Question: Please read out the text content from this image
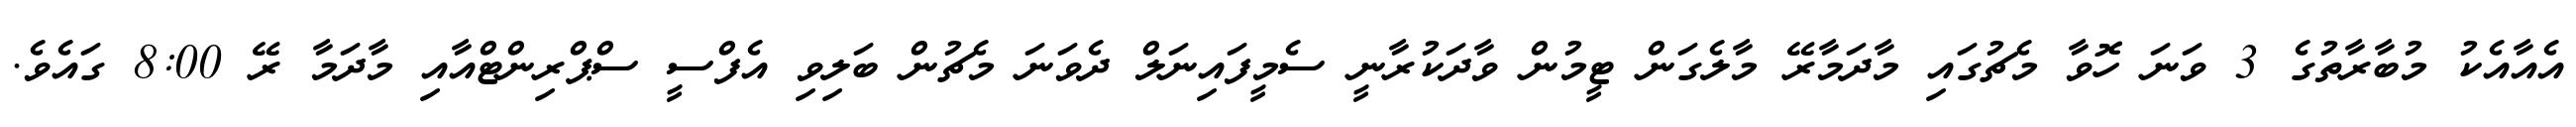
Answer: އެއާއެކު މުބާރާތުގެ 3 ވަނަ ހޮވާ މެޗުގައި މާދަމާރޭ މާލެގަން ޓީމުން ވާދަކުރާނީ ސެމީފައިނަލް ދެވަނަ މެޗުން ބަލިވި އެފްސީ ސްޕްރިންޓްއާއި މާދަމާ ރޭ 8:00 ގައެވެ.